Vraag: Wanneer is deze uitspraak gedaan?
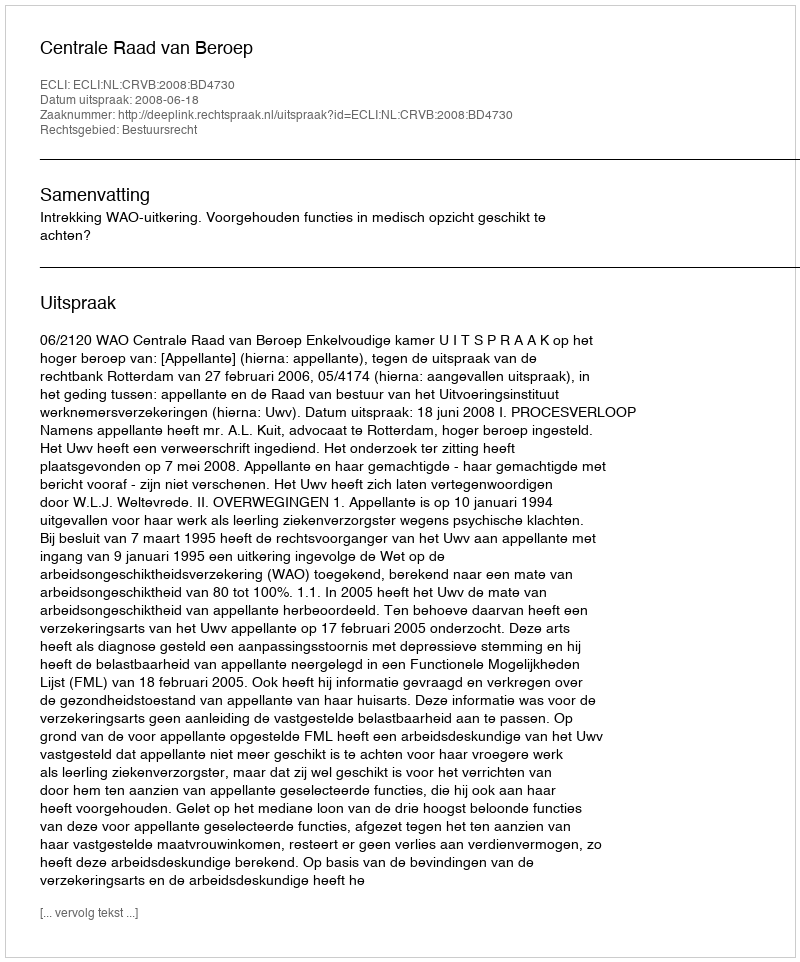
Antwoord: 2008-06-18